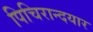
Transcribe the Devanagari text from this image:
पिचिरान्दयार